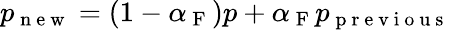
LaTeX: p_{\mathrm{~n~e~w~}}=(1-\alpha_{\mathrm{~F~}})p+\alpha_{\mathrm{~F~}}p_{\mathrm{~p~r~e~v~i~o~u~s~}}